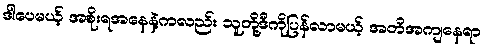
ဒါပေမယ့် အစိုးရအနေနဲ့ကလည်း သူတို့ဒီကိုပြန်လာမယ့် အတိအကျနေရာ